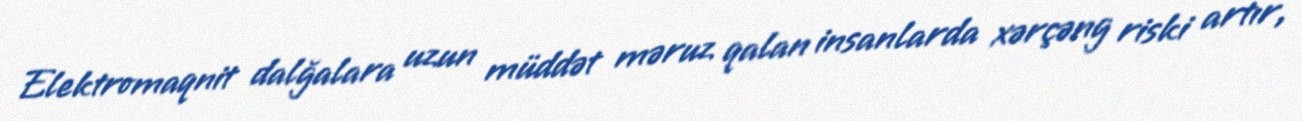
Elektromaqnit dalğalara uzun müddət məruz qalan insanlarda xərçəng riski artır,